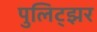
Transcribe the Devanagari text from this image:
पुलिट्झर